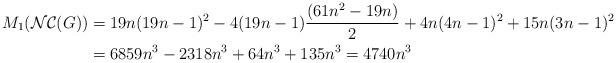
LaTeX: \begin{align*}M_{1}(\mathcal{NC}(G))&=19n(19n-1)^{2}-4(19n-1)\dfrac{(61n^{2}-19n)}{2}+4n(4n-1)^{2}+15n(3n-1)^{2} \\&= 6859n^{3}-2318n^{3}+64n^{3}+135n^{3} = 4740n^{3}\end{align*}